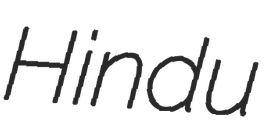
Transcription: Hindu